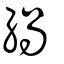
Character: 緺